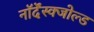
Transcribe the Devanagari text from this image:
नॉर्देंस्क्जोल्ड